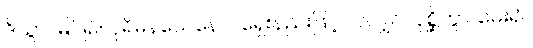
ဒိသွာ၊ မြင်၍။ ပုရိမနယေနေဝ၊ ရှေးနည်းဖြင့်ပင်လျှင်။ ပုစ္ဆိတွာ၊ မေး၍။